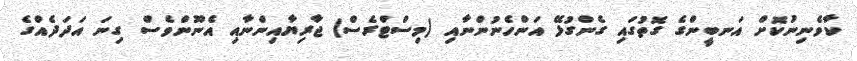
ކާވެނިނުކޮށް އަނބީންގެ ގޮތުގައި ގެންގުޅޭ އަންހެނުންނާއި (މިސްޓްރެސް) ޖާރިޔާއިންނާއި އެނޫންވެސް ގިނަ އަދަދެއްގެ